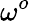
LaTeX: \omega^{o}